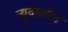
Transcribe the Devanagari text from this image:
न्यूवाक्रोन